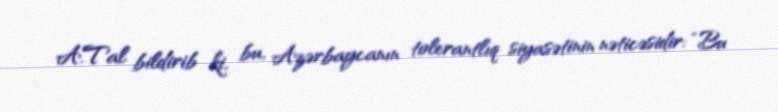
A.Tal bildirib ki, bu, Azərbaycanın tolerantlıq siyasətinin nəticəsidir: “Bu